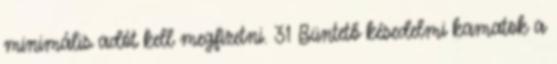
minimális adót kell megfizetni. 31 Büntető késedelmi kamatok a